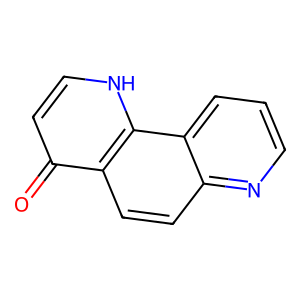
SMILES: O=c1cc[nH]c2c1ccc1ncccc12
Inhibits HIV replication: No